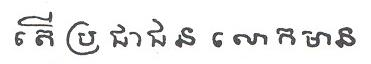
តើប្រជាជន លោកមាន